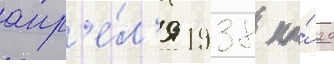
апр'е́л'я 1938 по́ 20